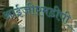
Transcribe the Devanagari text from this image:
आईजीएमडीपी